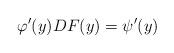
LaTeX: \begin{align*}\varphi'(y)DF(y)=\psi'(y)\end{align*}